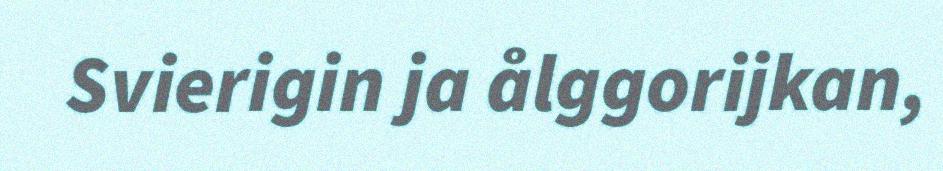
Svierigin ja ålggorijkan,